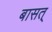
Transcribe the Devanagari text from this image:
बासत्